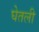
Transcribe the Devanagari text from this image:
घेेतली